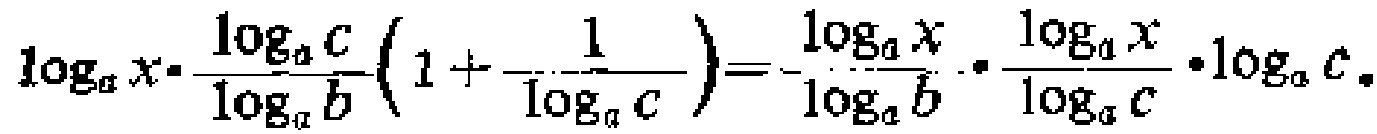
\(\log_{a}x\cdot\frac{\log_{a}c}{\log_{a}b}\left(1 + \frac{1}{\log_{a}c}\right)=-\frac{\log_{a}x}{\log_{a}b}\cdot\frac{\log_{a}x}{\log_{a}c}\cdot\log_{a}c。\)